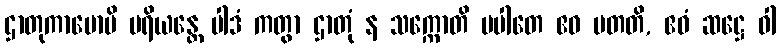
ဌာတုကာမောပိ ပရိယန္တေ ပါဒံ ကတွာ ဌာတုံ န သက္ကောတိ ပပါတေ ဧဝ ပတတိ, ဧဝံ ဆဋ္ဌေ ဝါ